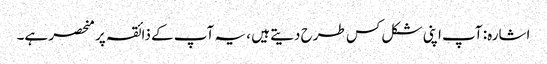
اشارہ: آپ اپنی شکل کس طرح دیتے ہیں ، یہ آپ کے ذائقہ پر منحصر ہے۔